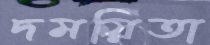
দময়িতা